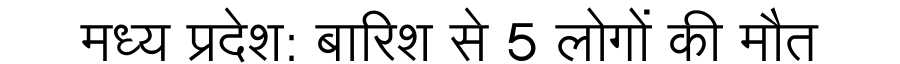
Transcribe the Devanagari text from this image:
मध्य प्रदेश: बारिश से 5 लोगों की मौत